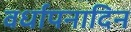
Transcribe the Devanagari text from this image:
वर्धापनादिन